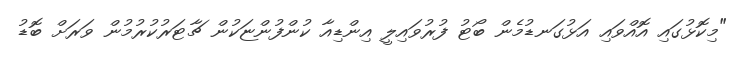
"މިކޮޅުގައި އޮއްވައި އަޅުގަނޑުމެން ބޯޓު ފުރުވައިލީ އިންޑިއާ ކުންފުންޏަކުން ޗާޓަރުކުރުމުން ވަރަށް ބޮޑު